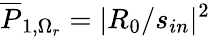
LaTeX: \overline{{P}}_{1,\Omega_{r}}=|R_{0}/s_{in}|^{2}